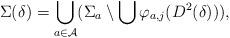
LaTeX: \begin{align*}\Sigma(\delta) = \bigcup_{a \in \mathcal A} (\Sigma_a \setminus \bigcup \varphi_{a,j}(D^2(\delta))),\end{align*}